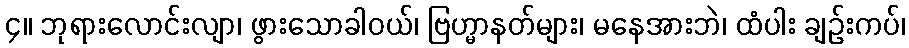
၄။ ဘုရားလောင်းလျာ၊ ဖွားသောခါဝယ်၊ ဗြဟ္မာနတ်များ၊ မနေအားဘဲ၊ ထံပါး ချဉ်းကပ်၊